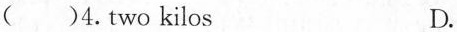
()4.two kilos D.